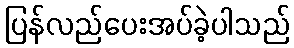
ပြန်လည်ပေးအပ်ခဲ့ပါသည်